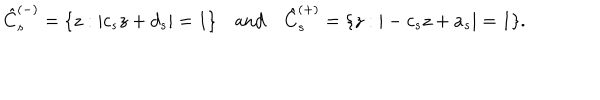
LaTeX: \hat { C } _ { s } ^ { ( - ) } = \{ z : | c _ { s } z + d _ { s } | = 1 \} \quad \mathrm { a n d } \quad \hat { C } _ { s } ^ { ( + ) } = \{ z : | - c _ { s } z + a _ { s } | = 1 \} .